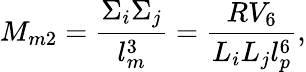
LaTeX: M_{m2}={\frac{\Sigma_{i}\Sigma_{j}}{l_{m}^{3}}}={\frac{RV_{6}}{L_{i}L_{j}l_{p}^{6}}},